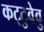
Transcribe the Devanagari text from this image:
कट्‌टुवेवु